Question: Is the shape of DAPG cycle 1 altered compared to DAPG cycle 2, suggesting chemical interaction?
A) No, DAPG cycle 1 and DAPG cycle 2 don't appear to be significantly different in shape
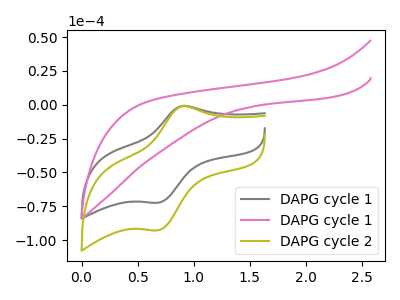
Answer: <think>The gray curve "DAPG cycle 1" has an anodic peak at (0.90V, -0.85uA) and a cathodic peak at (0.70V, -72.35uA). The pink curve "DAPG cycle 1" has no peaks. The olive curve "DAPG cycle 2" has an anodic peak at (0.90V, -1.10uA) and a cathodic peak at (0.70V, -92.75uA).
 All the peaks in "DAPG cycle 1" have a peak in "DAPG cycle 2" at the same potential.</think>
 <answer>A) No, "DAPG cycle 1" and "DAPG cycle 2" don't appear to be significantly different in shape</answer>
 <eval>A</eval>